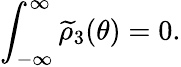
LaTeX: \int_{-\infty}^{\infty}\widetilde{\rho}_{3}(\theta)=0.